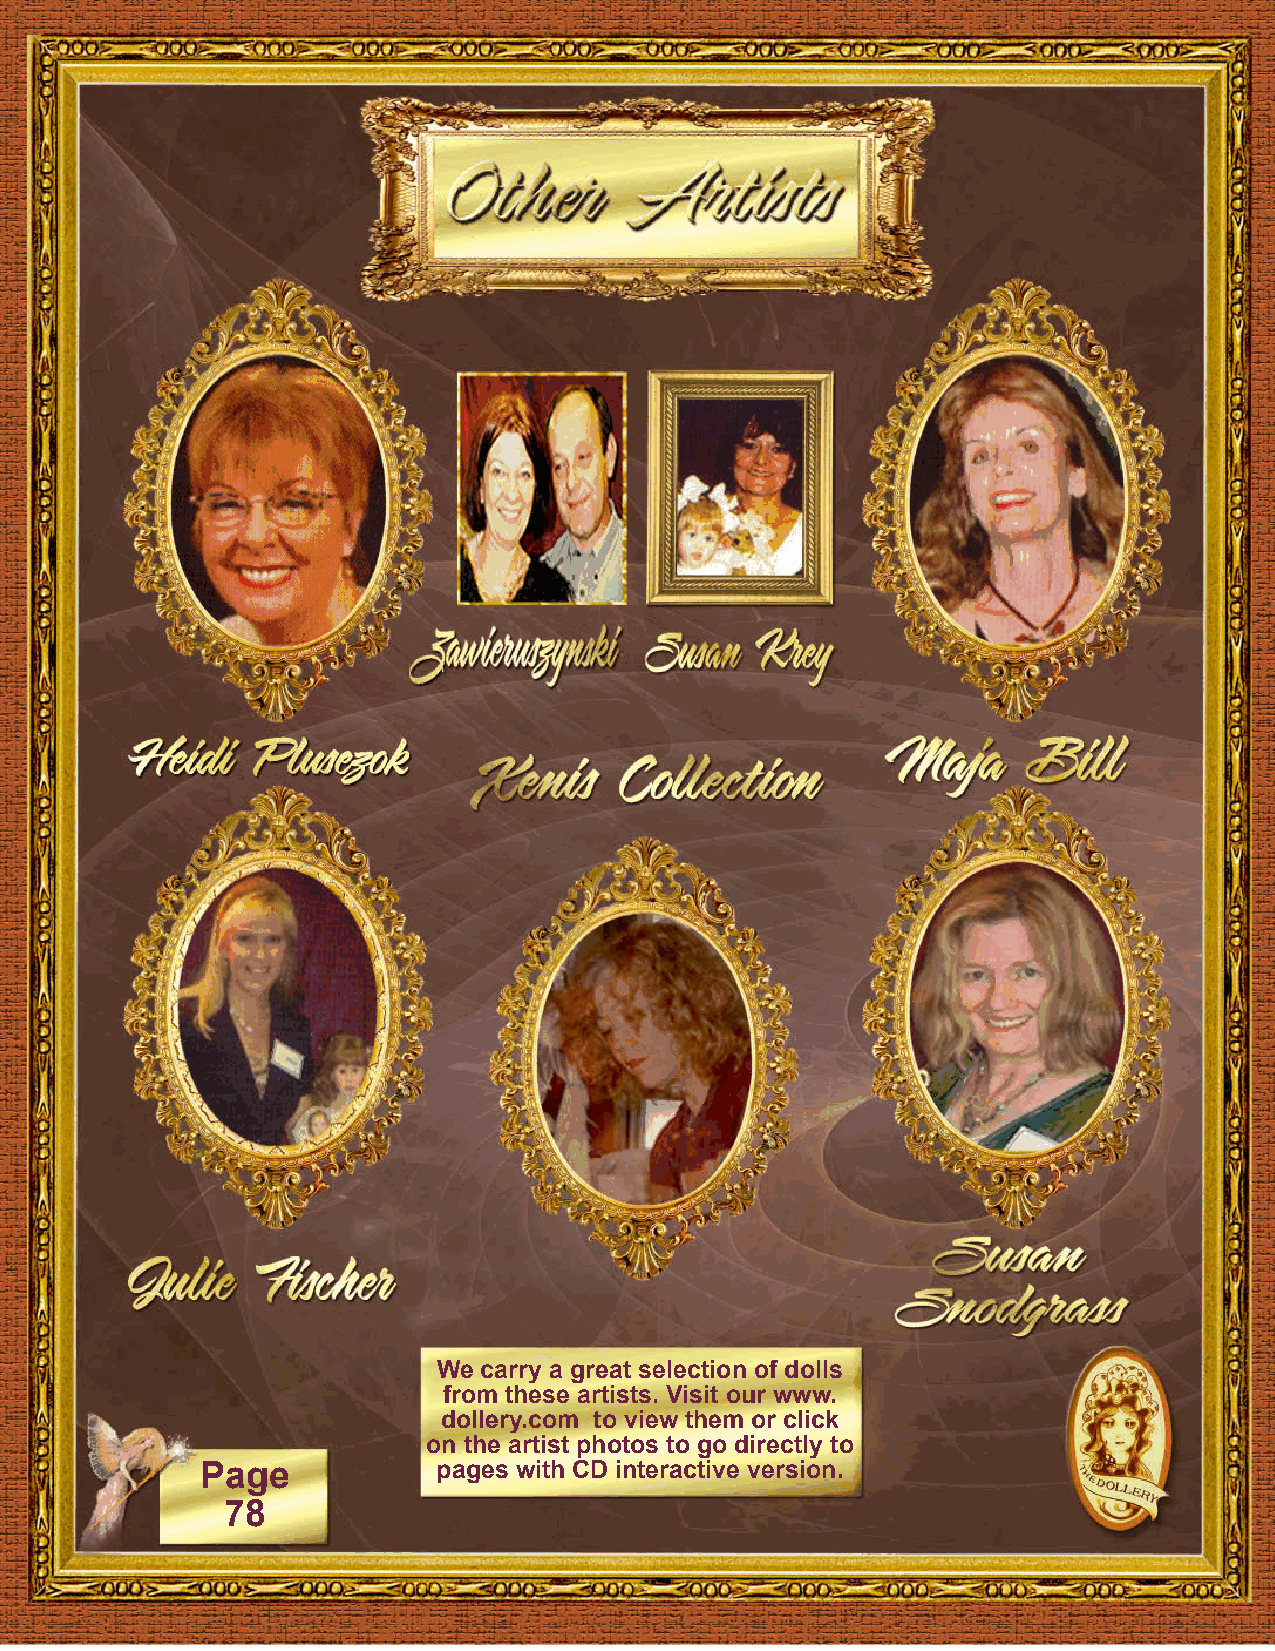
We carry a great selection of dolls
 from these artists. Visit our www.
 dollery.com to view them or click
 on the artist photos to go directly to
 Page            pages with CD interactive version.
 78